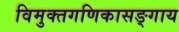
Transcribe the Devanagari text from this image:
विमुक्तगणिकासङ्गाय